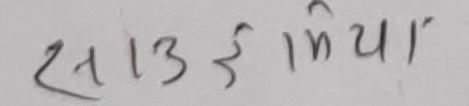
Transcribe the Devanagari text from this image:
साउदी भिन्डिया